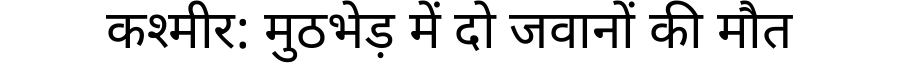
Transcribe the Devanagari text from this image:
कश्मीर: मुठभेड़ में दो जवानों की मौत